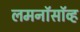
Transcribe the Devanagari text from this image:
लमनॉसॉव्ह